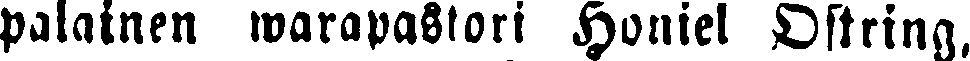
palainen warapastori Honiel Ostring.